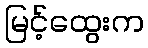
မြင့်ထွေးက